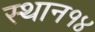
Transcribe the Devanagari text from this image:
स्थान१४